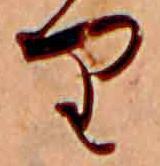
り